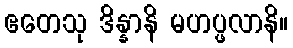
ဧတေသု ဒိန္နာနိ မဟပ္ဖလာနိ။